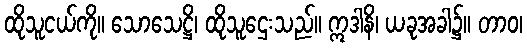
ထိုသူငယ်ကို။ သောသေဋ္ဌိ၊ ထိုသူဌေးသည်။ ဣဒါနိ၊ ယခုအခါ၌။ တာဝ၊